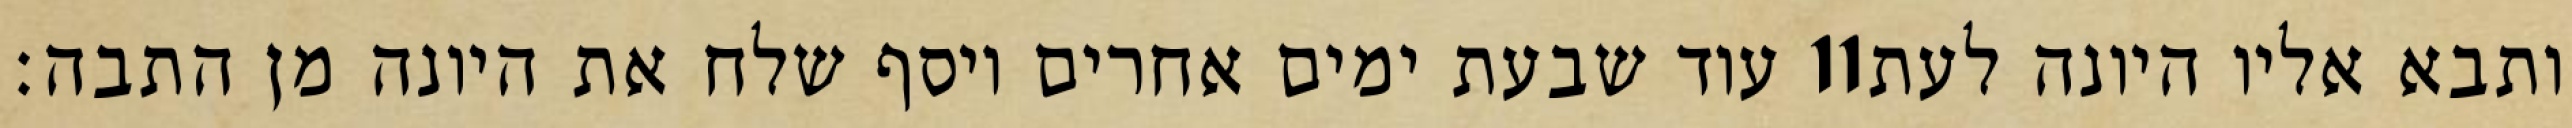
עוד שבעת ימים אחרים ויסף שלח את היונה מן התבה׃ ‎11‏ ותבא אליו היונה לעת